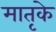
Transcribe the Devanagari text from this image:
मातृके